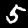
Label: 5